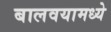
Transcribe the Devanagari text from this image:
बालवयामध्ये